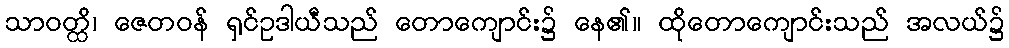
သာဝတ္ထိ၊ ဇေတဝန် ရှင်ဥဒါယီသည် တောကျောင်း၌ နေ၏။ ထိုတောကျောင်းသည် အလယ်၌